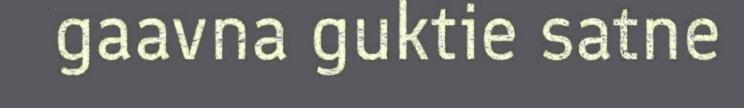
gaavna guktie satne